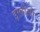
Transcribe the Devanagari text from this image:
इम्बोली